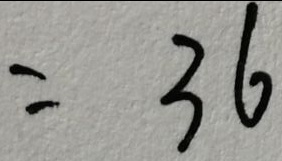
= 3 6